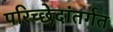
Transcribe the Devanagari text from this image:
परिच्छेदांतर्गत